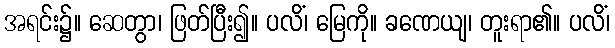
အရင်း၌။ ဆေတွာ၊ ဖြတ်ပြီး၍။ ပလိံ၊ မြေကို။ ခဏေယျ၊ တူးရာ၏။ ပလိံ၊